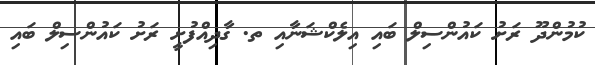
ކުމުންދޫ ރަށު ކައުންސިލް ބައި އިލެކްޝަނާއި ތ. ގާދިއްފުށީ ރަށު ކައުންސިލް ބައި